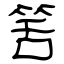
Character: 筈